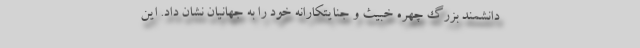
دانشمند بزرگ چهره خبیث و جنایتکارانه خود را به جهانیان نشان داد. این